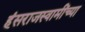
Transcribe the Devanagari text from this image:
हंसराजस्वामींच्या